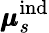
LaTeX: \pmb{\mu}_{s}^{\mathrm{ind}}